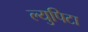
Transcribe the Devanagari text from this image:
ल्युपिटा